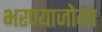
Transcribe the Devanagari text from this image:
भरण्याजोगा